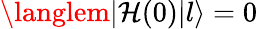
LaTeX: \langlem|\mathcal{H}(0)|l\rangle=0